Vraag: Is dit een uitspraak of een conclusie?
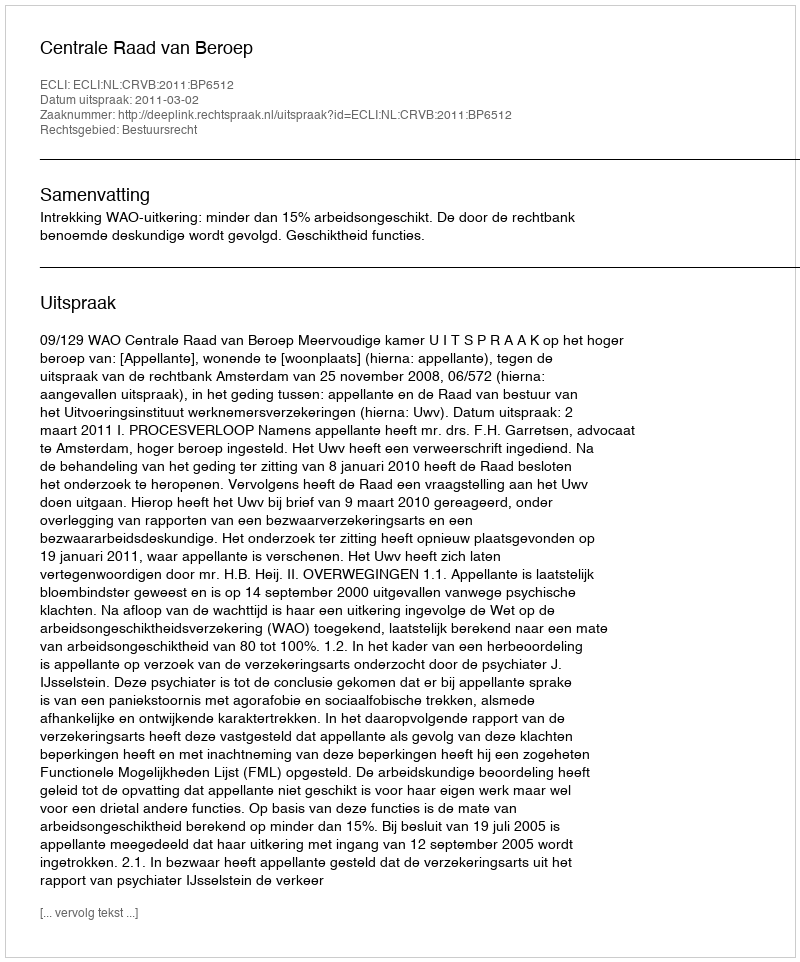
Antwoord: Uitspraak